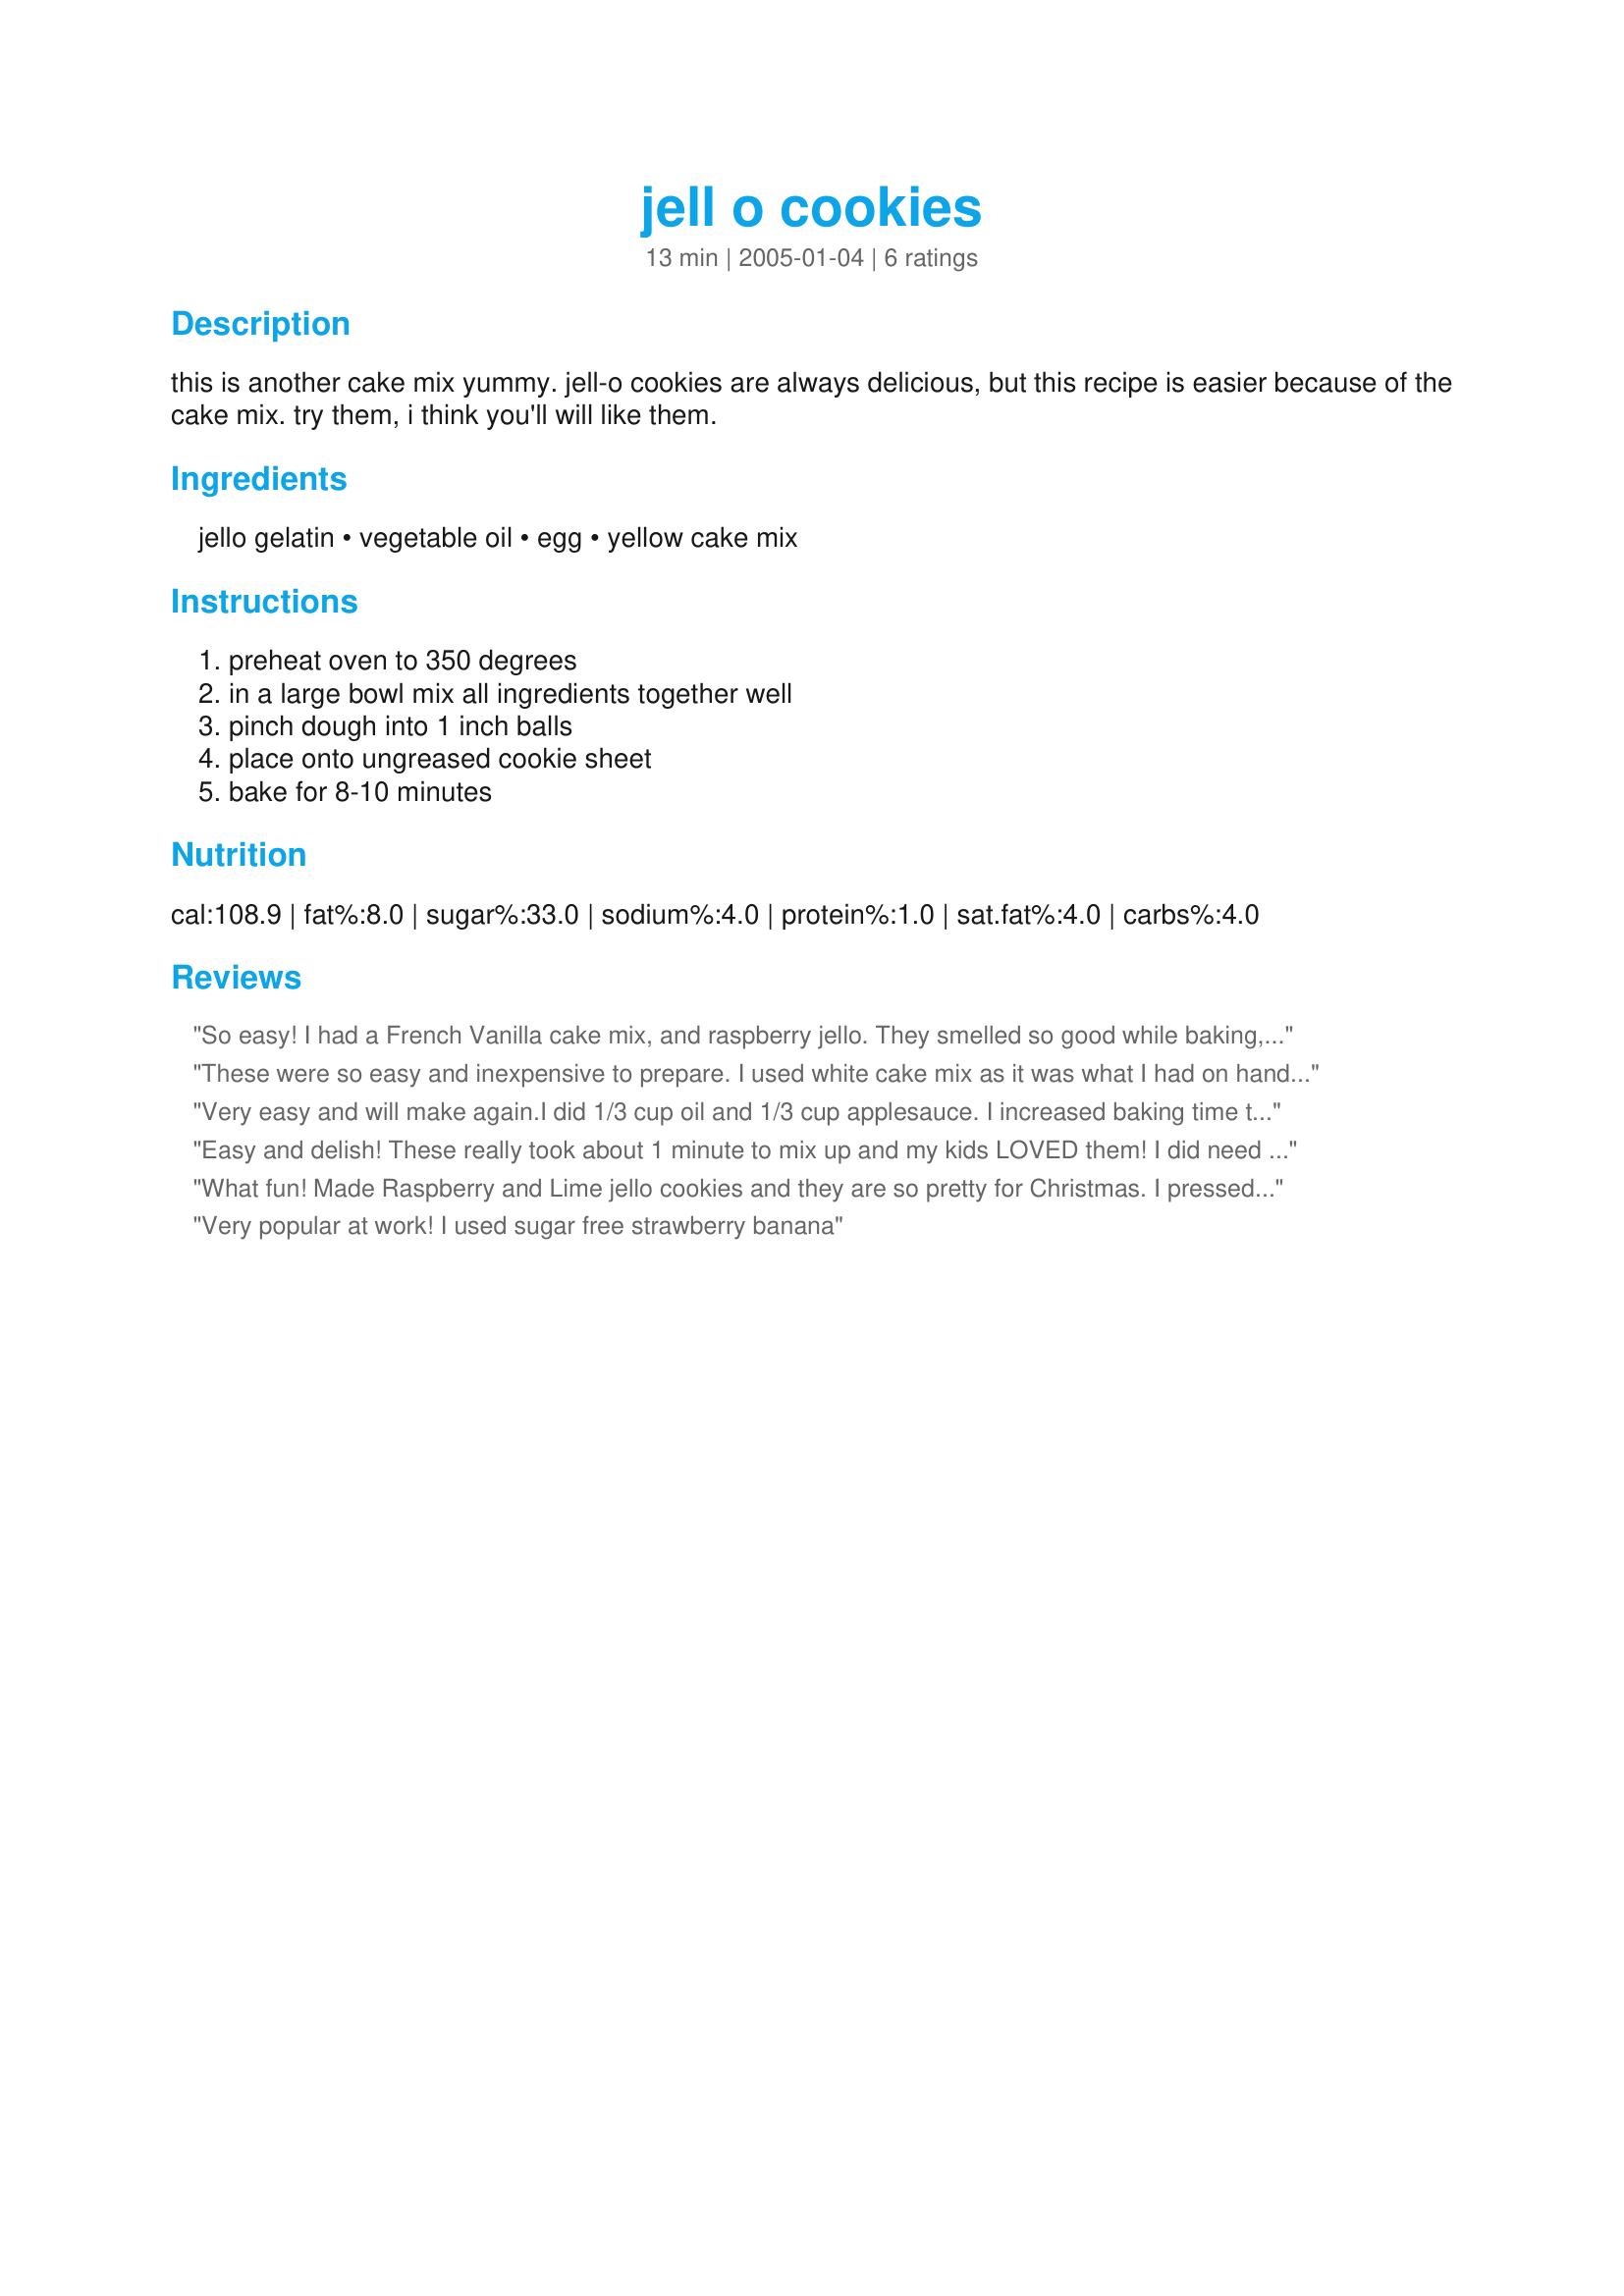
jell o cookies
Preparation time: 13 minutes

this is another cake mix yummy. jell-o cookies are always delicious, but this recipe is easier because of the cake mix. try them, i think you'll will like them.

Ingredients:
jello gelatin, vegetable oil, egg, yellow cake mix

Steps:
preheat oven to 350 degrees, in a large bowl mix all ingredients together well, pinch dough into 1 inch balls, place onto ungreased cookie sheet, bake for 8-10 minutes

Reviews:
So easy! I had a French Vanilla cake mix, and raspberry jello. They smelled so good while baking, and were such a pretty pink color.
These were so easy and inexpensive to prepare. I used white cake mix as it was what I had on hand, lemon jello and added some ginger and lemon zest to taste. Lovely! Would be great for a tea party.
Very easy and will make again.I did 1/3 cup oil and 1/3 cup applesauce. I increased baking time to 20 minutes and dropped by TBSP. and they were perfect. Thank You
Easy and delish! These really took about 1 minute to mix up and my kids LOVED them! I did need to add an extra egg--otherwise my mixture was dry/grainy. But, I gave 5 stars anyway because that may have been a high altitude issue considering I live above 6,000 feet. Thanks for the great recipe!
What fun! Made Raspberry and Lime jello cookies and they are so pretty for Christmas. I pressed some a little with a sugared fork, like a peanut butter cookie and added red hot cinnamon candies to others. I will make these again and am adding this recipe to my annual Christmas cookie baking spree!!! Thank you, mandabears, for posting!
Very popular at work! I used sugar free strawberry banana
